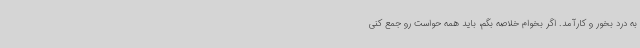
به درد بخور و کارآمد. اگر بخوام خلاصه بگم، باید همه حواست رو جمع کنی